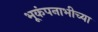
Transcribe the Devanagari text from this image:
भूकंपनाभीच्या